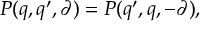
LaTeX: P ( q , q ^ { \prime } , \partial ) = P ( q ^ { \prime } , q , - \partial ) ,